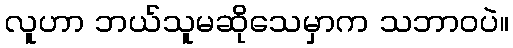
လူဟာ ဘယ်သူမဆိုသေမှာက သဘာဝပဲ။